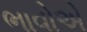
ભાવોએ